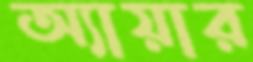
অ্যায়ার